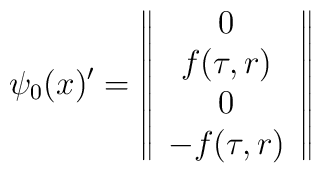
\psi_0(x)'=\left\|\begin{array}{c}0\\f(\tau,r)\\0\\-f(\tau,r)\end{array}\right\|